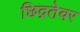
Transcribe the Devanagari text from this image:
छिद्रतेवर